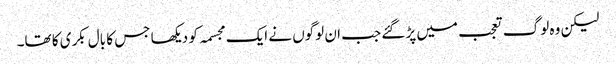
لیکن وہ لوگ تعجب میں پڑ گئے جب ان لوگوں نے ایک مجسمہ کو دیکھا جس کا بال بکری کا تھا۔